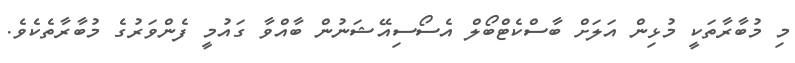
މި މުބާރާތަކީ މުޅިން އަލަށް ބާސްކެޓްބޯލް އެސޯސިއޭޝަނުން ބާއްވާ ގައުމީ ފެންވަރުގެ މުބާރާތެކެވެ.